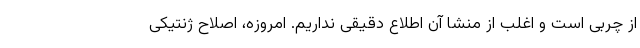
از چربی است و اغلب از منشا آن اطلاع دقیقی نداریم. امروزه، اصلاح ژنتیکی